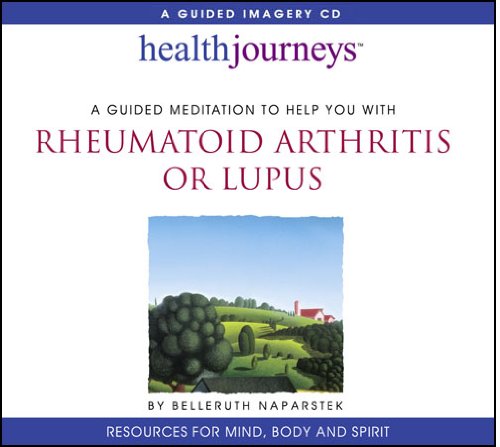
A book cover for A Meditation to Help You with Rheumatoid Arthritis or Lupus; Belleruth Naparstek; Health, Fitness & Dieting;